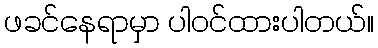
ဖခင်နေရာမှာ ပါဝင်ထားပါတယ်။